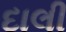
દાલી